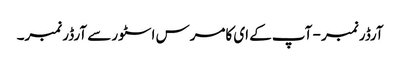
آرڈر نمبر - آپ کے ای کامرس اسٹور سے آرڈر نمبر۔